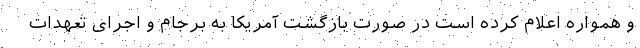
و همواره اعلام کرده است در صورت بازگشت آمریکا به برجام و اجرای تعهدات